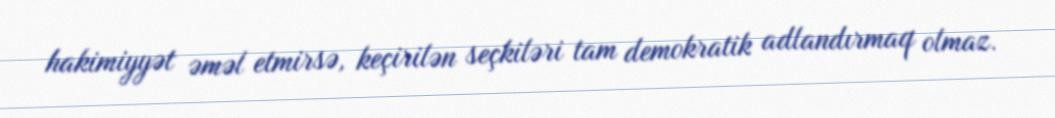
hakimiyyət əməl etmirsə, keçirilən seçkiləri tam demokratik adlandırmaq olmaz.